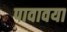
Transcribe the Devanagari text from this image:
पावावया